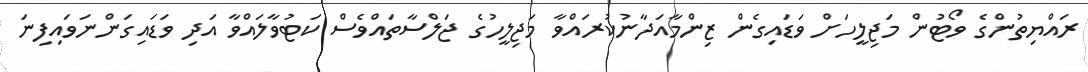
ރައްޔިތުންގެ ވޯޓުން މަޖިލީހަށް ވަޑައިގެން ޒިންމާއަދާނުކުރައްވާ މަޖިލީހުގެ ޖަލްސާތައްވެސް ކަޓުވާލައްވާ އަދި ވަޑައިގަންނަވައިފިނަ